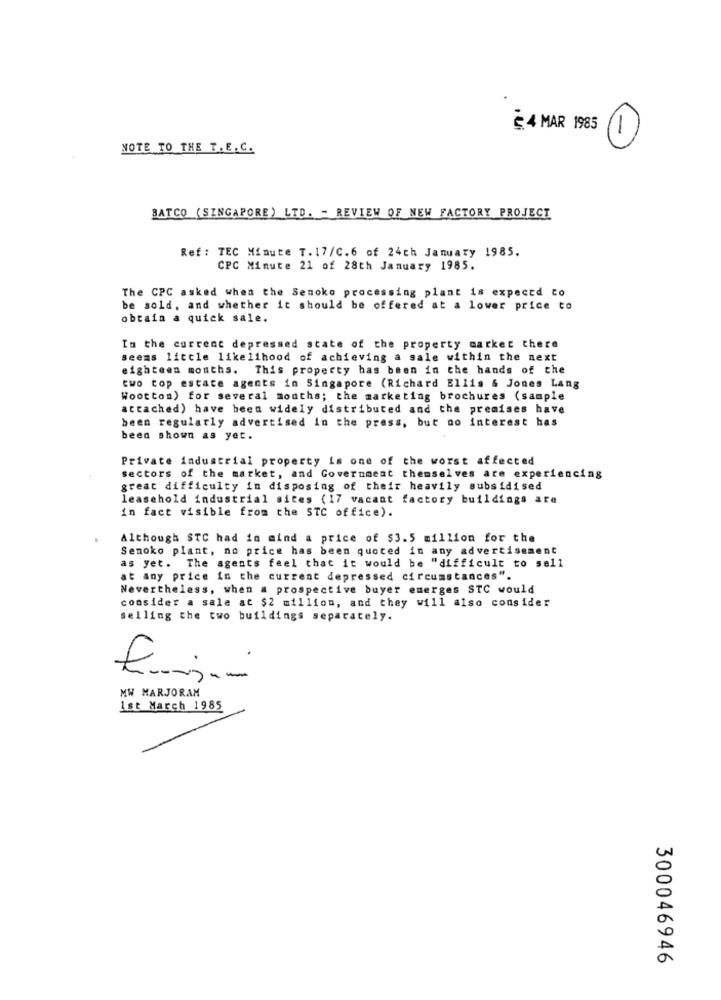
8. 4 MAR 1985 1)
NOTE TO THE T. E. C.
BATCO (SINGAPORE) LTD. - REVIEW OF NEW FACTORY PROJECT
Ref : TEC Minute T. 17/C.6 of 24ch January 1985.
CPC Minute 21 of 28th January 1985.
The CPC asked when the Senoko processing plant is expeccd to
be sold, and whether it should be offered at a lower price to
obtain a quick sale.
In the current depressed state of the property market there
seems little likelihood of achieving a sale within the next
eighteen months. This property has been in the hands of the
two top estate agents in Singapore (Richard Ellis & Jones Lang
Wootton) for several months; the marketing brochures (sample
attached) have been widely distributed and the premises have
been regularly advertised in the press, but no interest has
been shown as yet.
Private industrial property is one of the worst affected
sectors of the market, and Government themselves are experiencing
great difficulty in disposing of their heavily subsidised
leasehold industrial sites (17 vacant factory buildings are
in fact visible from the STC office).
Although STC had in mind a price of $3.5 million for the
Senoko plant, no price has been quoted in any advertisement
as yet. The agents feel that it would be "difficult to sell
at any price in the current depressed circumstances".
Nevertheless, when a prospective buyer emerges STC would
consider a sale at $2 million, and they will also consider
selling the two buildings separately.
.
MW MARJORAM
1st March 1985
300046946